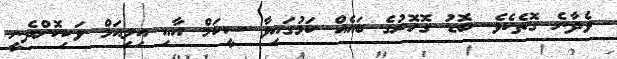
ވެދާނެ ގޮތެކެވެ. ބޮޑު ގޮހޮރުގެ ބައެއް ކަމުގައިވާ ސީކަމް އާއި އިލިއަމް ވަކިކޮށްދެނީ